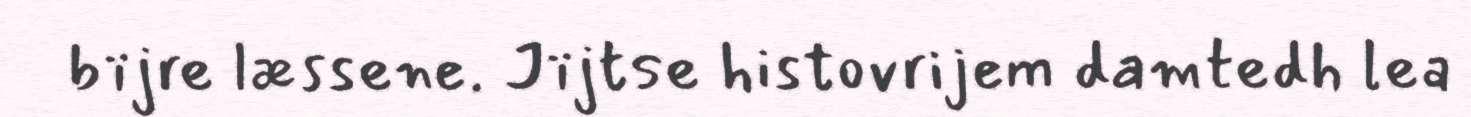
bïjre læssene. Jïjtse histovrijem damtedh lea